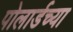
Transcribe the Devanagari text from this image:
पोलार्डच्या